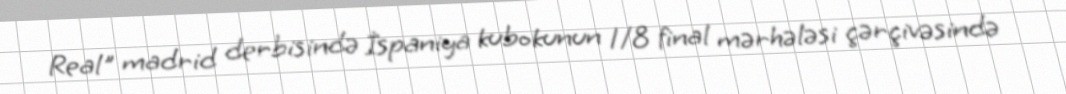
Real" madrid derbisində İspaniya kubokunun 1/8 final mərhələsi çərçivəsində